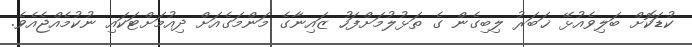
ކުޑަކޮށް ބަލިވެއުޅޭ ޚަބަރު ލިބިގެން ގެ ތަޅުލުމަށްފަހު ޒައިނާގެ މަންމަގެއަށް ދިއުމަށްޓަކައި ނުކުމެއްޖެއެވެ.